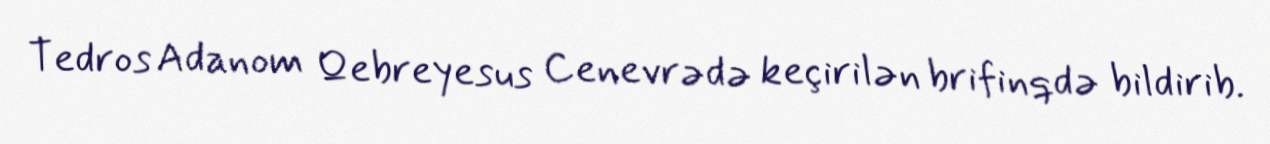
Tedros Adanom Qebreyesus Cenevrədə keçirilən brifinqdə bildirib.